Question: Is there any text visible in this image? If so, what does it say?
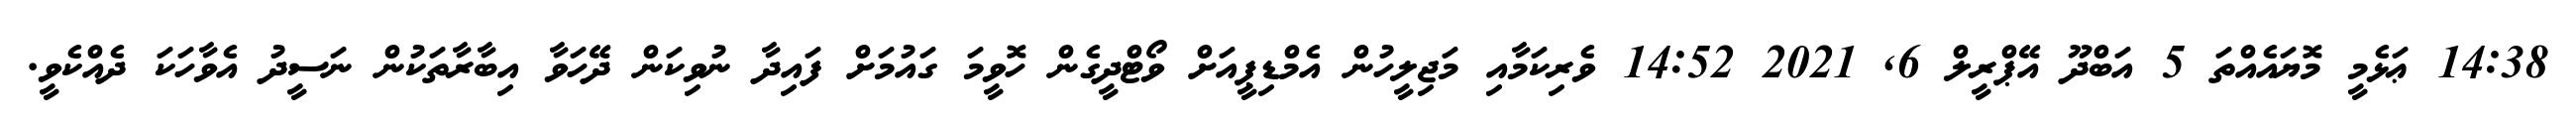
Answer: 14:38 ޢަޅެމީ މޮޔައެއްތަ 5 އަބްދޫ އޭޕްރީލް 6, 2021 14:52 ވެރިކަމާއި މަޖިލީހުން އެމްޑިޕީއަށް ވޯޓްދީގެން ހޮވީމަ ގައުމަށް ފައިދާ ނުވިކަން ދޭހަވާ އިބާރާތަކުން ނަސީދު އެވާހަކަ ދެއްކެވީ.